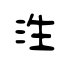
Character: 泩